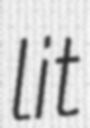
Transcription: lit